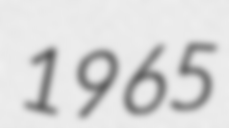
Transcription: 1965